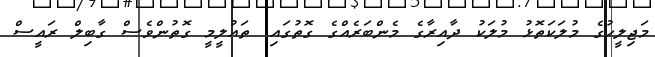
މަޖިލީހުގެ މުލަކަތޮޅު މުލަކު ދާއިރާގެ މެންބަރެއްގެ ގޮތުގައި. ތައުލީމީ ގޮތުންވެސް ގާބިލް ރައީސް